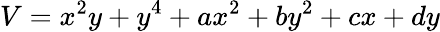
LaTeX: V=x^{2}y+y^{4}+ax^{2}+by^{2}+cx+dy